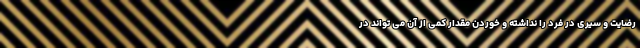
رضایت و سیری در فرد را نداشته و خوردن مقدار کمی از آن می تواند در